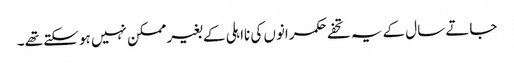
جاتے سال کے یہ تحفے حکمرانوں کی نااہلی کے بغیر ممکن نہیں ہو سکتے تھے ۔